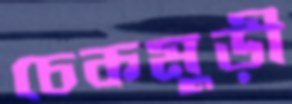
চেকমুড়ী